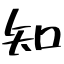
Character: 知